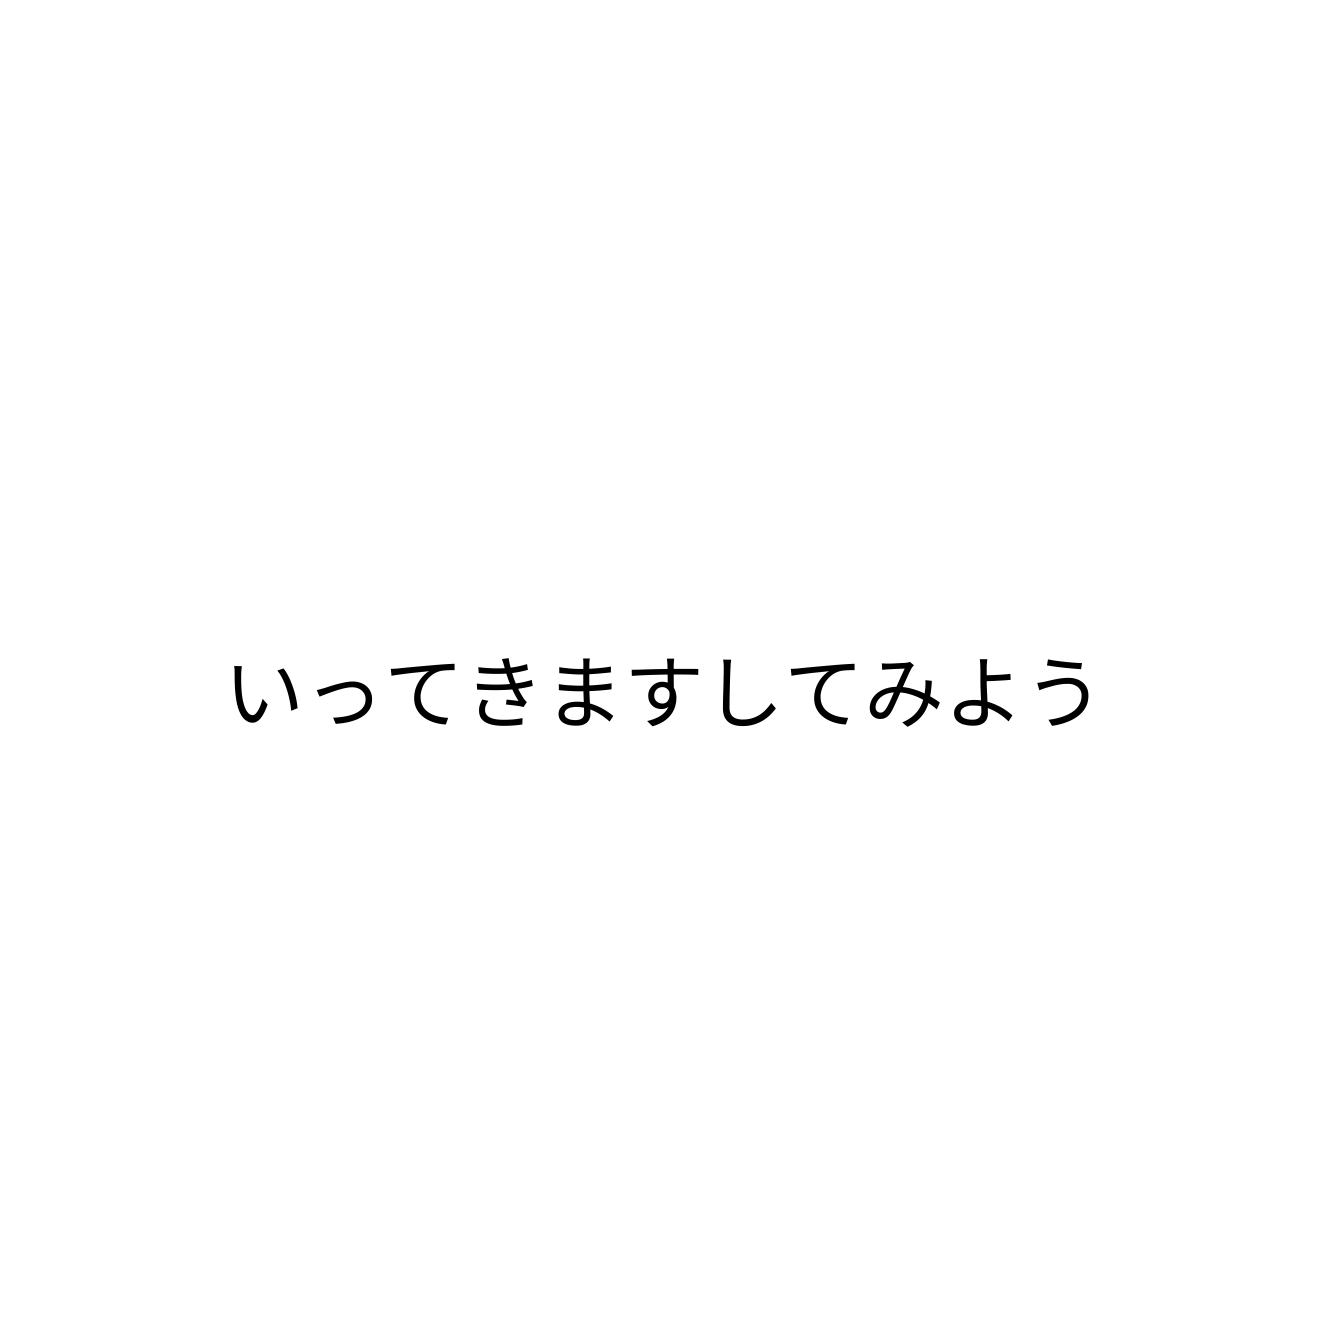
いってきますしてみよう